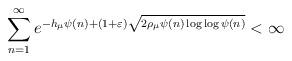
LaTeX: \begin{align*}\sum_{n=1}^\infty e^{-h_\mu\psi(n)+(1+\varepsilon)\sqrt{2\rho_\mu\psi(n)\log\log\psi(n)}}<\infty\end{align*}